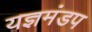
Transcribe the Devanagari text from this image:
यज्ञमंडप